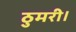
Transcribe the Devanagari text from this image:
ठुमरी।